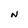
Character: N